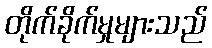
တိုက်ခိုက်မှုများသည်